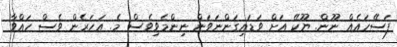
ފަސޭހައެއް ނޫން. ޔޫކޭ އަށް ވަޑައިގަންނަވަން ނިންމެވިވެސް މެ. އަހަރެން ވެސް ހައްވާ